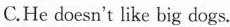
C.He doesn't like big dogs.